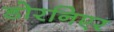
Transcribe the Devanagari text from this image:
डोरनिएर